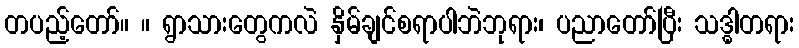
တပည့်တော်။ ။ ရွာသားတွေကလဲ နှိမ်ချင်စရာပါဘဲဘုရား၊ ပညာတော်ပြီး သဒ္ဓါတရား